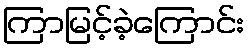
ကြာမြင့်ခဲ့ကြောင်း